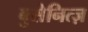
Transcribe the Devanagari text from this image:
बुसेनित्ज़